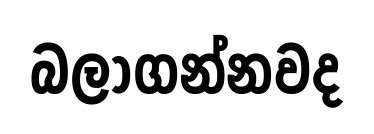
බලාගන්නවද